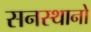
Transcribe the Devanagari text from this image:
सनस्थानो